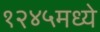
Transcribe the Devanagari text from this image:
१२४५मध्ये